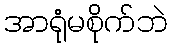
အာရုံမစိုက်ဘဲ